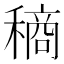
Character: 𮃧